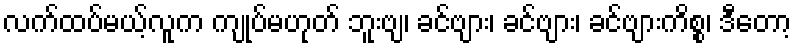
လက်ထပ်မယ့်လူက ကျုပ်မဟုတ် ဘူးဗျ၊ ခင်ဗျား၊ ခင်ဗျား၊ ခင်ဗျားကိစ္စ၊ ဒီတော့